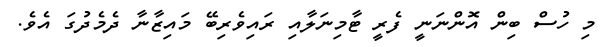
މި ހުސް ބިން އޮންނަނީ ފެރީ ޓާމިނަލާއި ރައިވެރިބޭ މައިޒާނާ ދެމެދުގަ އެވެ.